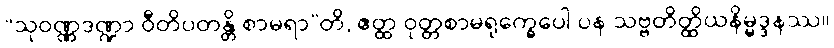
“သုဝဏ္ဏဒဏ္ဍာ ဝီတိပတန္တိ စာမရာ”တိ, ဧတ္ထ ဝုတ္တစာမရုက္ခေပေါ ပန သဗ္ဗတိတ္ထိယနိမ္မဒ္ဒနဿ။